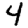
Digit: 4